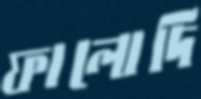
ফালোদি